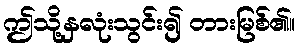
ဤသို့နှလုံးသွင်း၍ တားမြစ်၏။